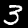
Label: 3